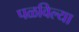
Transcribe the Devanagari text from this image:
पळविल्या